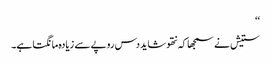
‘‘
ستیش نے سمجھا کہ نتھو شاید دس روپے سے زیادہ مانگتا ہے۔